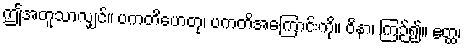
ဤအတူသာလျှင်။ ပကတိဟေတု၊ ပကတိအကြောင်းကို။ ဝိနာ၊ ကြဉ်၍။ ဧတ္ထ၊